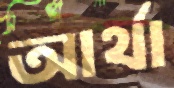
আর্থা